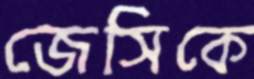
জেসিকে